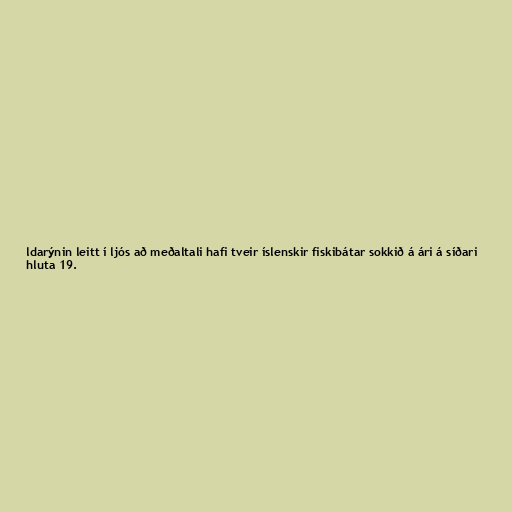
ldarýnin leitt í ljós að meðaltali hafi tveir íslenskir fiskibátar sokkið á ári á síðari
hluta 19.